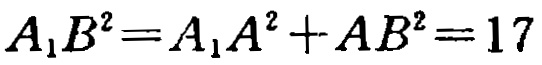
\[A_{1}B^{2}=A_{1}A^{2}+AB^{2}=17\]